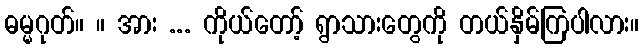
ဓမ္မဂုတ်။ ။ အား ... ကိုယ်တော့် ရွာသားတွေကို တယ်နှိမ်ကြပါလား။